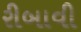
રીબાવી